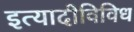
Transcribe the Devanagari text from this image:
इत्यादीविविध